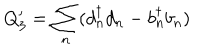
Q _ { 3 } ^ { \prime } = { \sum _ { n } } ( d _ { n } ^ { \dagger } d _ { n } - b _ { n } ^ { \dagger } b _ { n } )